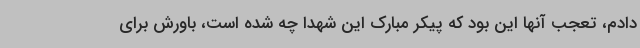
دادم، تعجب آنها این بود که پیکر مبارک این شهدا چه شده است، باورش برای